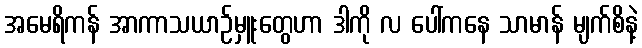
အမေရိကန် အာကာသယာဉ်မှူးတွေဟာ ဒါကို လ ပေါ်ကနေ သာမာန် မျက်စိနဲ့